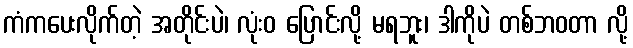
ကံကပေးလိုက်တဲ့ အတိုင်းပဲ၊ လုံးဝ ပြောင်းလို့ မရဘူး၊ ဒါကိုပဲ တစ်ဘဝတာ လို့